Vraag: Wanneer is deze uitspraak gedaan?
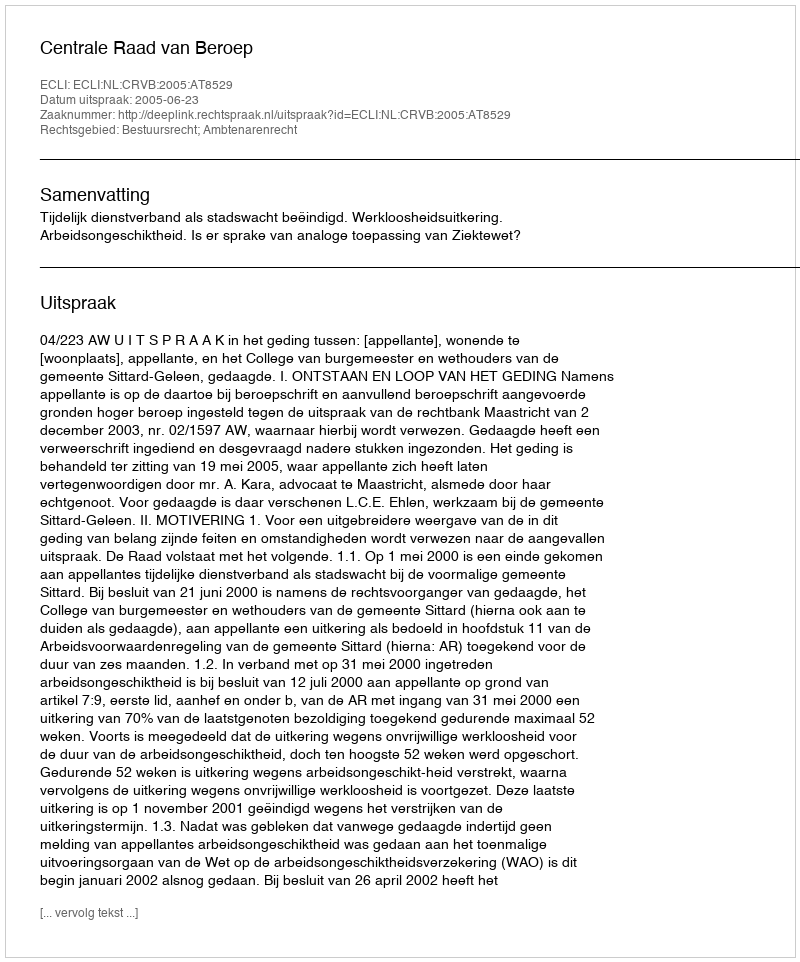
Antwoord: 2005-06-23